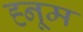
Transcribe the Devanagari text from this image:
ह्नूम